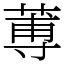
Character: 蒪